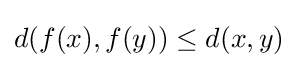
d(f(x),f(y))\leq d(x,y)